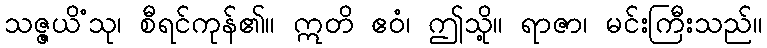
သဇ္ဇယိံသု၊ စီရင်ကုန်၏။ ဣတိ ဧဝံ၊ ဤသို့။ ရာဇာ၊ မင်းကြီးသည်။